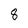
Character: 8